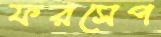
ফরসেপ